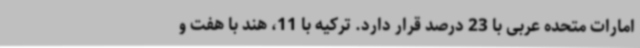
امارات متحده عربی با 23 درصد قرار دارد. ترکیه با 11، هند با هفت و